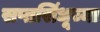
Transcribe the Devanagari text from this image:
सप्तसिंधूच्या